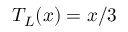
T _ { L } ( x ) = x / 3